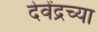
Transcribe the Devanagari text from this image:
देवेंद्रच्या